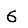
Digit: 6